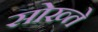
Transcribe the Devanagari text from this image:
सोख्ते